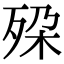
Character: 𬆔